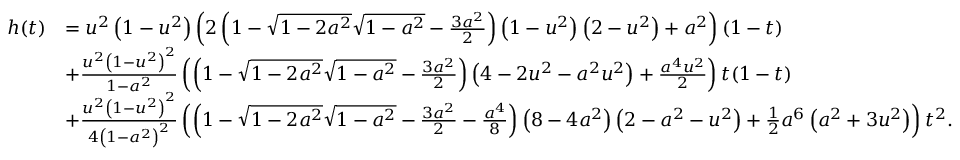
\begin{array} { r l } { h ( t ) } & { = u ^ { 2 } \left( 1 - u ^ { 2 } \right) \left( 2 \left( 1 - \sqrt { 1 - 2 a ^ { 2 } } \sqrt { 1 - a ^ { 2 } } - \frac { 3 a ^ { 2 } } { 2 } \right) \left( 1 - u ^ { 2 } \right) \left( 2 - u ^ { 2 } \right) + a ^ { 2 } \right) ( 1 - t ) } \\ & { + \frac { u ^ { 2 } \left( 1 - u ^ { 2 } \right) ^ { 2 } } { 1 - a ^ { 2 } } \left( \left( 1 - \sqrt { 1 - 2 a ^ { 2 } } \sqrt { 1 - a ^ { 2 } } - \frac { 3 a ^ { 2 } } { 2 } \right) \left( 4 - 2 u ^ { 2 } - a ^ { 2 } u ^ { 2 } \right) + \frac { a ^ { 4 } u ^ { 2 } } { 2 } \right) t ( 1 - t ) } \\ & { + \frac { u ^ { 2 } \left( 1 - u ^ { 2 } \right) ^ { 2 } } { 4 \left( 1 - a ^ { 2 } \right) ^ { 2 } } \left( \left( 1 - \sqrt { 1 - 2 a ^ { 2 } } \sqrt { 1 - a ^ { 2 } } - \frac { 3 a ^ { 2 } } { 2 } - \frac { a ^ { 4 } } { 8 } \right) \left( 8 - 4 a ^ { 2 } \right) \left( 2 - a ^ { 2 } - u ^ { 2 } \right) + \frac { 1 } { 2 } a ^ { 6 } \left( a ^ { 2 } + 3 u ^ { 2 } \right) \right) t ^ { 2 } . } \end{array}